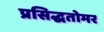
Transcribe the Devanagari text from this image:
प्रसिद्धतोमर